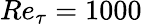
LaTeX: Re_{\tau}=1000